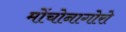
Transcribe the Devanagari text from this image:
मोंचोनागोरो